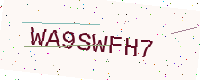
Text: WA9SWFH7